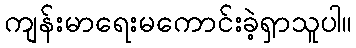
ကျန်းမာရေးမကောင်းခဲ့ရှာသူပါ။